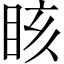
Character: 䀭